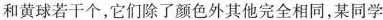
和黄球若干个，它们除了颜色外其他完全相同，某同学